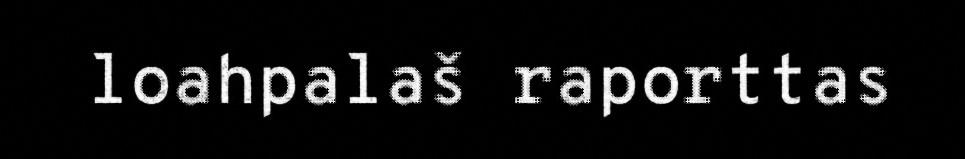
loahpalaš raporttas